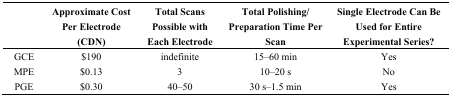
<table><thead><tr><td></td><td><b>Approximate Cost Per Electrode (CDN)</b></td><td><b>Total Scans Possible with Each Electrode</b></td><td><b>Total Polishing/Preparation Time Per Scan</b></td><td><b>Single Electrode Can Be Used for Entire Experimental Series?</b></td></tr></thead><tbody><tr><td>GCE</td><td>$190</td><td>indefinite</td><td>15–60 min</td><td>Yes</td></tr><tr><td>MPE</td><td>$0.13</td><td>3</td><td>10–20 s</td><td>No</td></tr><tr><td>PGE</td><td>$0.30</td><td>40–50</td><td>30 s–1.5 min</td><td>Yes</td></tr></tbody></table>